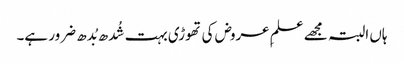
ہاں البتہ مجھے علمِ عروض کی تھوڑی بہت شُدھ بُدھ ضرور ہے۔